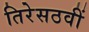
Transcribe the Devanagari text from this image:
तिरेसठवीं